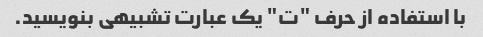
با استفاده از حرف "ت" یک عبارت تشبیهی بنویسید.